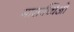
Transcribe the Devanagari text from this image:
मासाच्चिओ